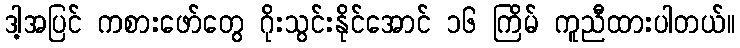
ဒါ့အပြင် ကစားဖော်တွေ ဂိုးသွင်းနိုင်အောင် ၁၆ ကြိမ် ကူညီထားပါတယ်။